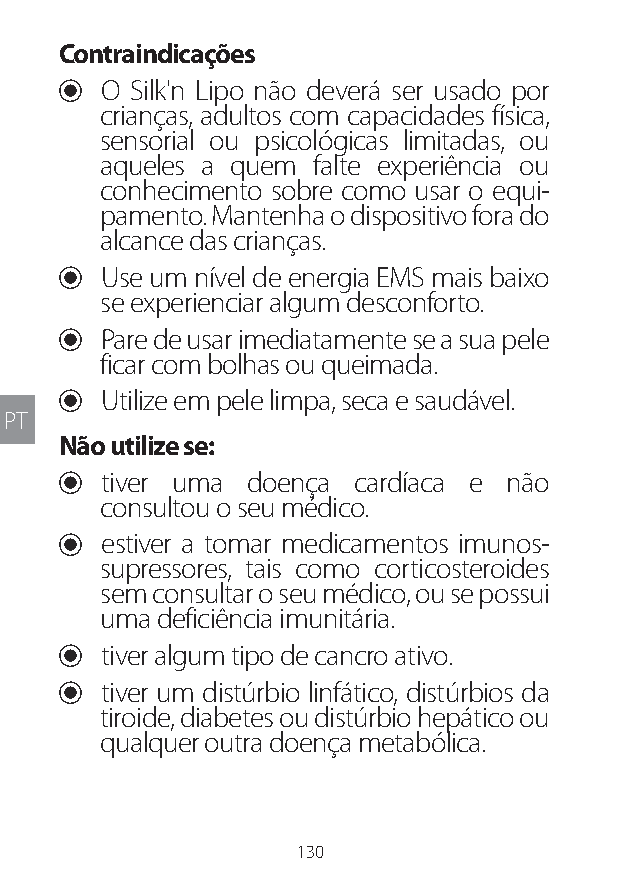
Contraindicações
 U O Silk'n Lipo não deverá ser usado por
 crianças, adultos com capacidades física,
 sensorial ou psicológicas limitadas, ou
 aqueles a quem falte experiência ou
 conhecimento sobre como usar o equi-
 pamento. Mantenha o dispositivo fora do
 alcance das crianças.
 U Use um nível de energia EMS mais baixo
 se experienciar algum desconforto.
 U Pare de usar imediatamente se a sua pele
 ficar com bolhas ou queimada.
 U Utilize em pele limpa, seca e saudável.
 PT
 Não utilize se:
 U tiver uma doença cardíaca e não
 consultou o seu médico.
 U estiver a tomar medicamentos imunos-
 supressores, tais como corticosteroides
 sem consultar o seu médico, ou se possui
 uma deficiência imunitária.
 U tiver algum tipo de cancro ativo.
 U tiver um distúrbio linfático, distúrbios da
 tiroide, diabetes ou distúrbio hepático ou
 qualquer outra doença metabólica.
 130
 Lipo UM EU124 3545B inside ALL EU124 ED296-24 release.indd 130 14/08/2018 10:57:40